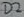
Text: D2